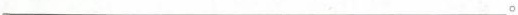
___。